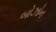
બોઝોન